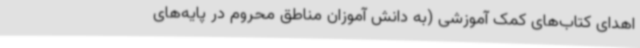
اهدای کتاب‌های کمک آموزشی (به دانش آموزان مناطق محروم در پایه‌های